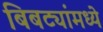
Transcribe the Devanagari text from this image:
बिबट्यांमध्ये